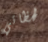
لحظاتي